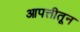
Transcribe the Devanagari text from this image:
आपत्तीतून